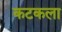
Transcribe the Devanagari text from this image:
कटकला